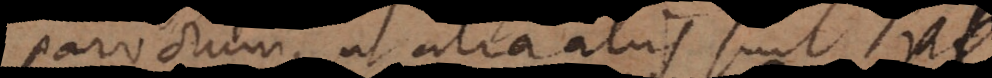
parvorum, ut alia aliis sunt